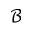
\mathcal { B }